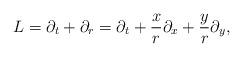
LaTeX: \begin{align*}L = \partial_t + \partial_r = \partial_t + {x \over r} \partial_x + {y \over r} \partial_y,\end{align*}